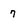
Character: 7